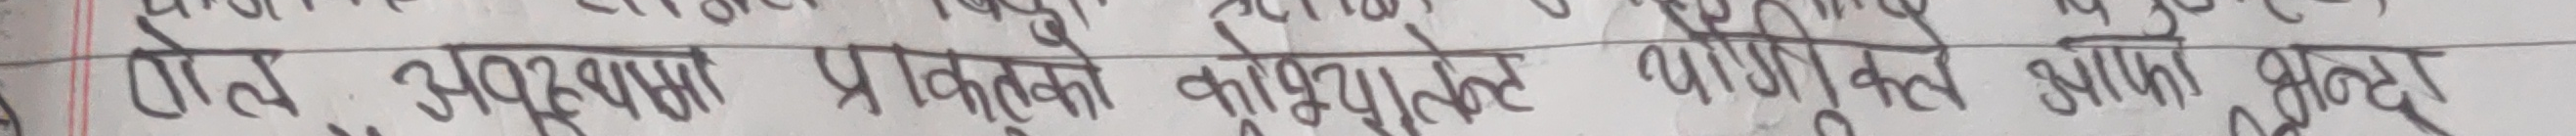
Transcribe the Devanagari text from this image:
रोल अनुक्रमांक प्रावधिकता कृषिप्रातले पानीके आपना शब्द